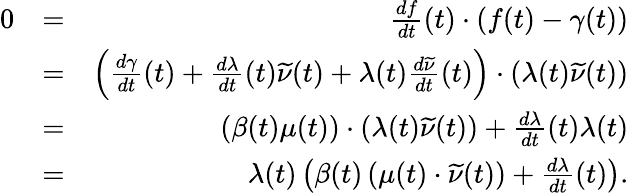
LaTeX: \begin{array}{rlr}{0}&{=}&{\frac{df}{dt}(t)\cdot\left(f(t)-\gamma(t)\right)}\\ {}&{=}&{\left(\frac{d\gamma}{dt}(t)+\frac{d\lambda}{dt}(t)\widetilde{\nu}(t)+\lambda(t)\frac{d\widetilde{\nu}}{dt}(t)\right)\cdot\left(\lambda(t)\widetilde{\nu}(t)\right)}\\ {}&{=}&{\left(\beta(t)\mu(t)\right)\cdot\left(\lambda(t)\widetilde{\nu}(t)\right)+\frac{d\lambda}{dt}(t)\lambda(t)}\\ {}&{=}&{\lambda(t)\left(\beta(t)\left(\mu(t)\cdot\widetilde{\nu}(t)\right)+\frac{d\lambda}{dt}(t)\right).}\end{array}